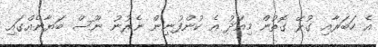
އެ ހަބަރާއި ގުޅޭ ގޮތުން މިއަދު އެ ކުންފުނިން ނެރުނު ނޫސް ބަޔާނެއްގައި